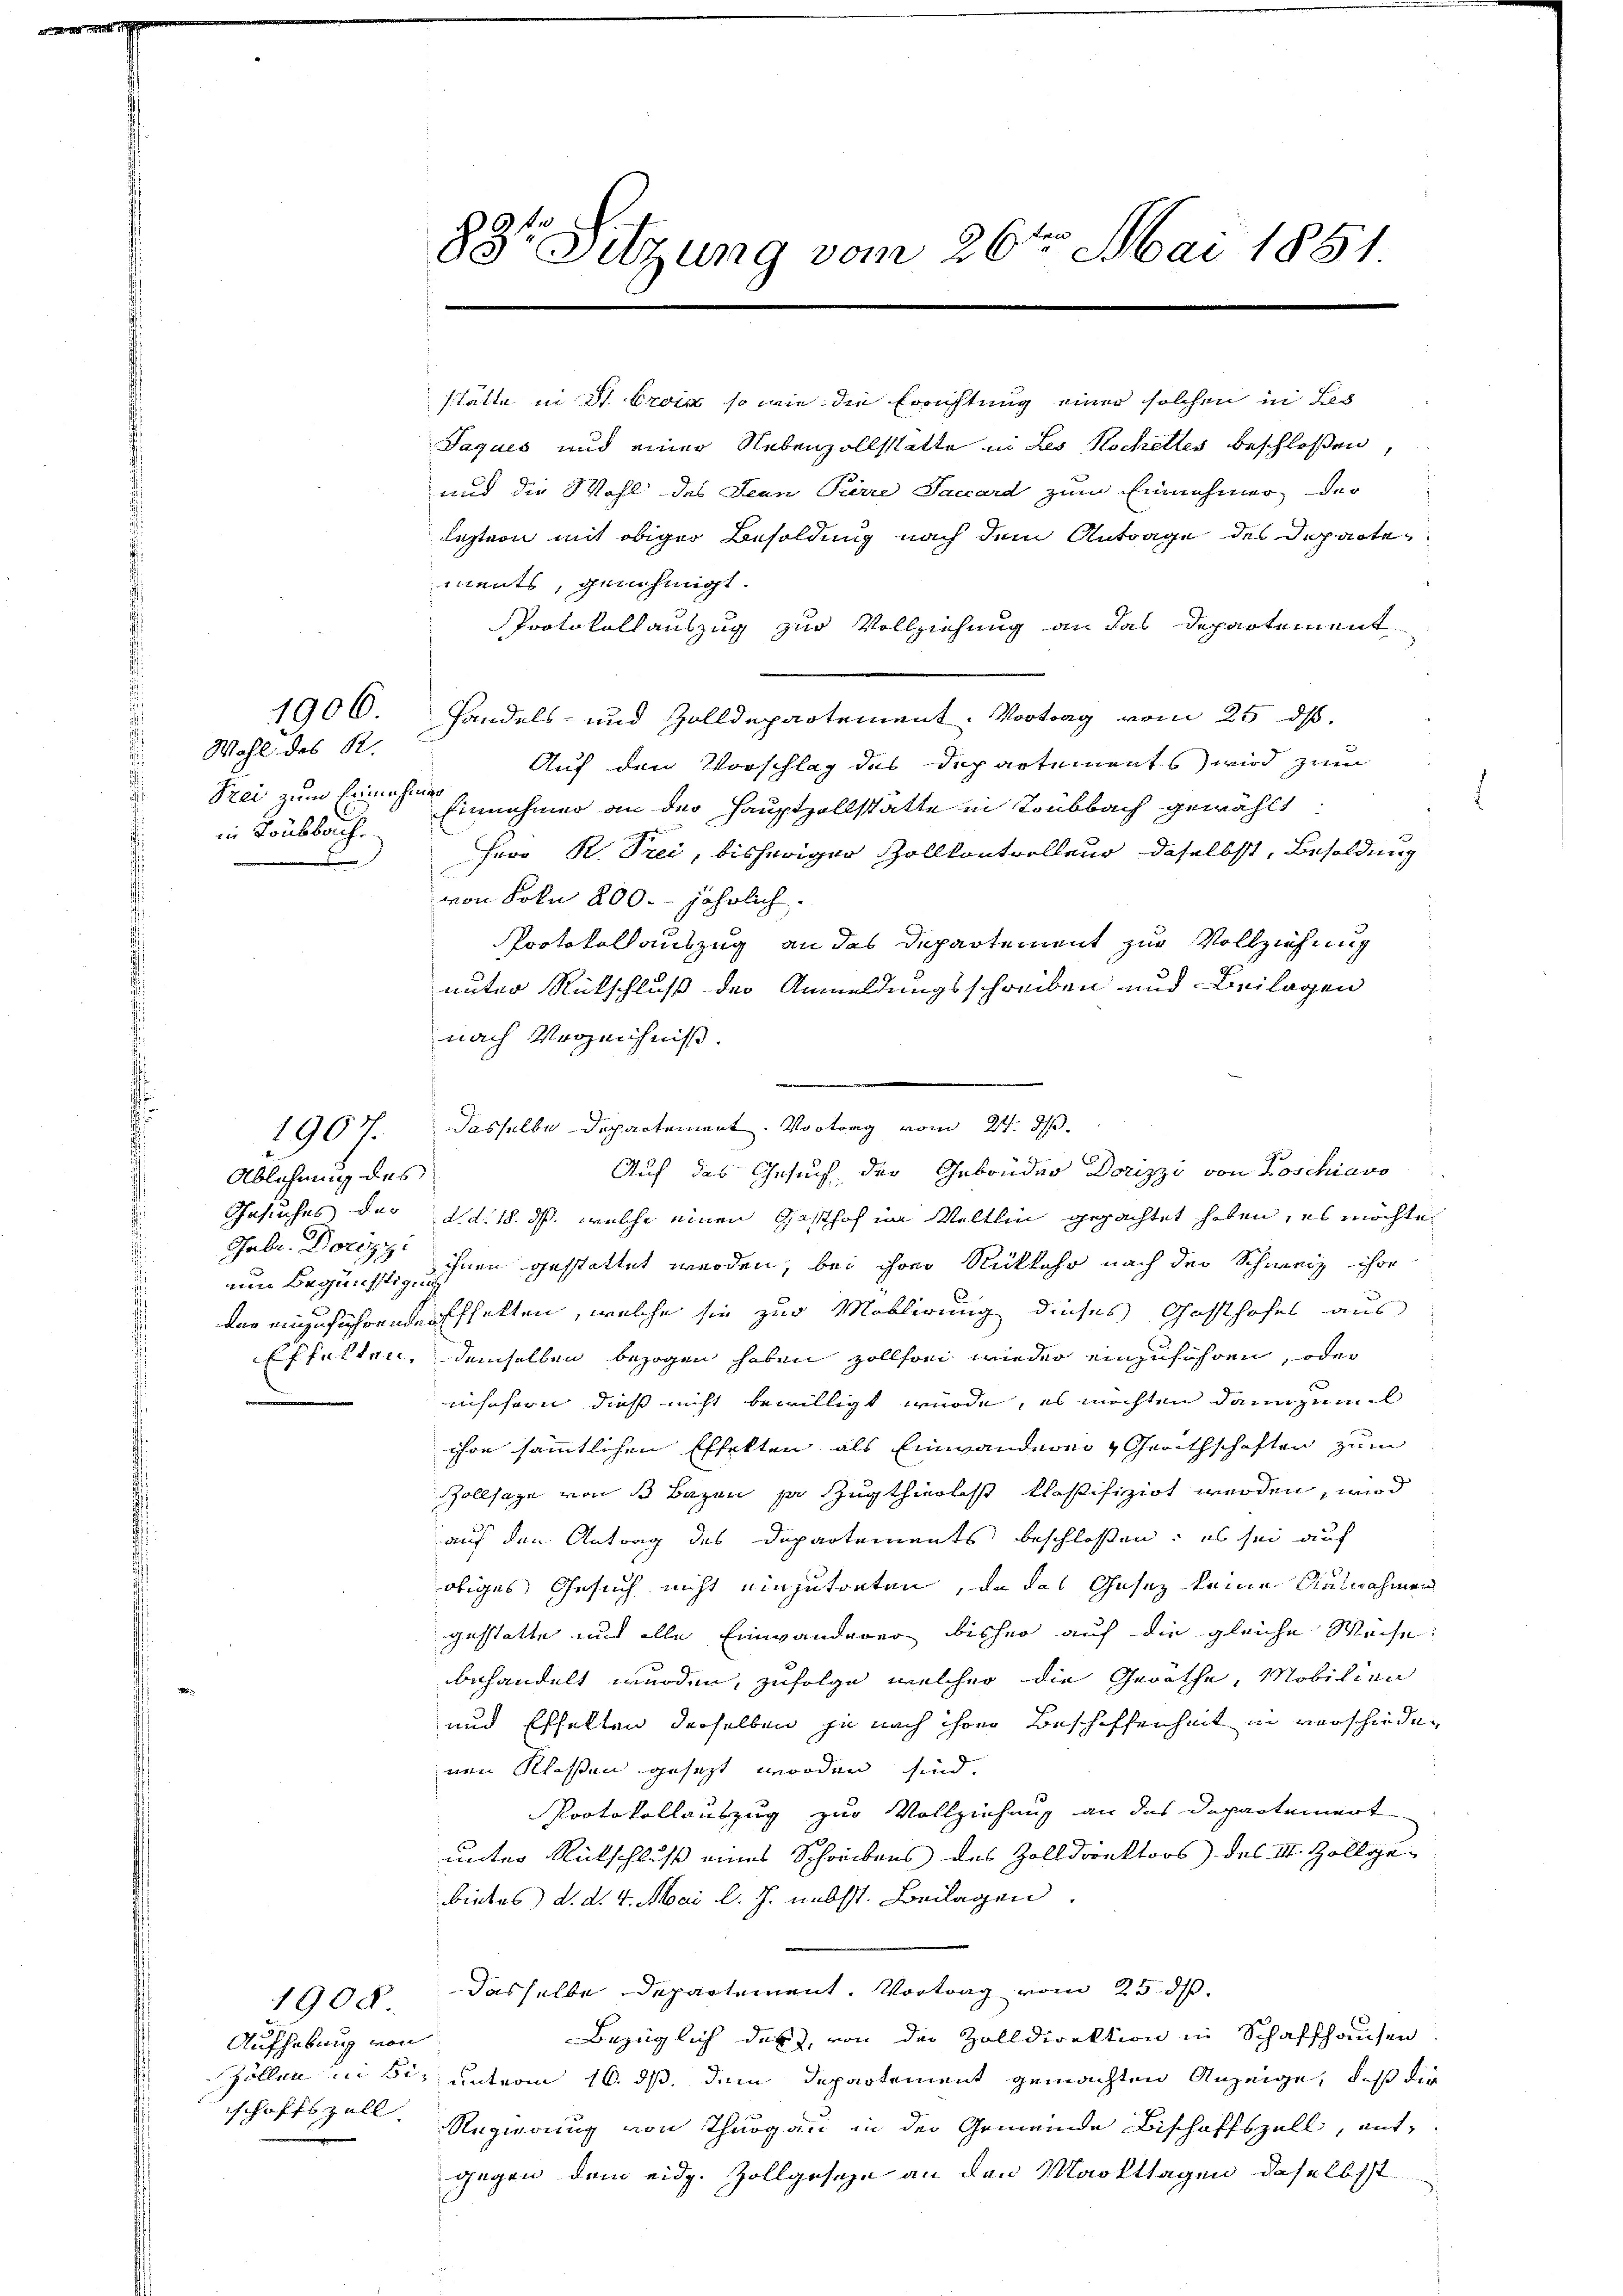
Wahl des R.
Frei zum Einnahmen
in Toubbach.

1906.

Ablehnung des
Gebr. Dorizzi
Efhalten.

1907.

Aufhebung von
schoffszell

1900

88te Sitzung vom 26ten Mai 1851.

stätte in St. Croix, so wie die Errichtung einer solchen in Bes
Jaques und einer Nebenzollstätte in Les Hochelles beschloßen,
und die Wohl des Jean Perre Saccard zum Einnehmer der
leztern mit obiger Besoldung nach dem Antrage des Departen
ments, genehmigt.
Protokollauszug zur Vollziehung an das Departement
Handels- und Zolldepartement. Vortrag vom 25. ds.
Auf den Vorschlag des Departements wird zum
Einnahmer an der Hauptzollstätte in Toubbach gewählt:
Froo R. Trei, bisheriger Zollkontrolleur daselbst, Besoldung
von Frkn 200. jährlich.
Protokollauszug an das Departement zur Vollziehung
unter Rückschluß der Anmeldungsschreiben und Beilagen
nach Verzeichnis.
Dasselbe Departement. Vortrag vom 21. d.
Auf das Gesuch der Gebrüder Dorizzi von Koschiavo
Gesuches der d.d. 18. ds. welche einen Gasthof in Veltlin gepachtet haben, es möchte
um Begünstehen gestattet werden, bei ihrer Rückkehr nach der Schweiz ihre
der anzuführende Effekten, welche sie zur Moblirung dieses Gasthofes aus
demselben bezogen haben zollhori wieder einzuführen, oder
ischern, dieß nicht bewilligt würde, es möchten dannzum
ihre sämmtlichen Effekten als Einwanderei Gerithschaften zum
Zollsage von 13 Bazen zu Zugthierlist klostifizirt werden, wird
auf den Antrag des Departements beschlossen: es sei auf
obiges Gesuch nicht einzutreten, da das Gesetz keine Ausnahmen
gestatte und alle Einwanderer bisher auf die gleiche Weise:
behandelt wurden, zufolge welcher die Geräthe, Mobilien
und Erhalten derselben je nach ihrer Beschiffenheit in verschieden
nen Klassen gesezt worden sind.
Protokollauszug zur Vollziehung an das Departeiert
unter Rückschluß eines Schreibens des Zolldrektors des III. Zollge¬
Biebes, d. d. 4. Mai l. J. nebst. Beilagen.
dasselbe Departement. Vortrag vom 25. ds.
Bezüglich das, von der Zolldirektion in Schaffhausen
Zöllen in Sie unterm 16. ds. dem Departement gemachten Anzeige, daß die
Regierung von Thurgau in der Gemeinde Bischoffszell, entgegen dem eidg. Zollgeseze an den Markttagen daselbst